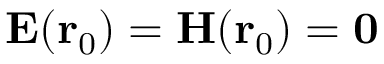
\mathbf { E } ( \mathbf { r } _ { 0 } ) = \mathbf { H } ( \mathbf { r } _ { 0 } ) = \mathbf { 0 }